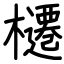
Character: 櫏